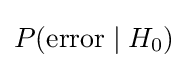
P(\mathrm {error} \mid H_{0})